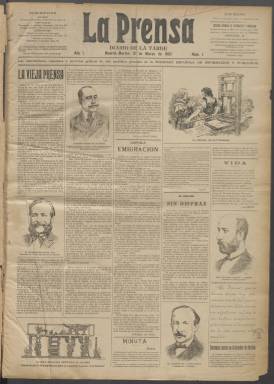
Título: La Prensa (Madrid. 1907)
Colección: Periódicos
Ámbito geográfico: Madrid
Lugar de publicación: Madrid
Fechas: 12/03/1907-28/12/1929

Debido al estado de conservación del original todavía no ha sido posible digitalizar los volúmenes 14 (primer semestre de 1914) y 26 (primer semestre de 1920). La BNE dispone de una reproducción en microfilme de estos volúmenes.